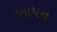
આપન